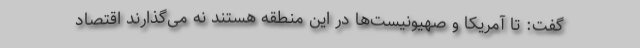
گفت: تا آمریکا و صهیونیست‌ها در این منطقه هستند نه می‌گذارند اقتصاد